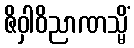
ဇိဝှါဝိညာဏသ္မိံ